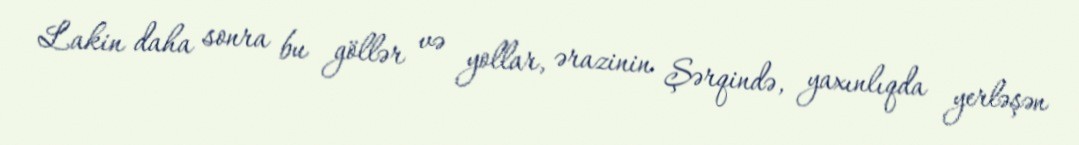
Lakin daha sonra bu göllər və yollar, ərazinin Şərqində, yaxınlıqda yerləşən